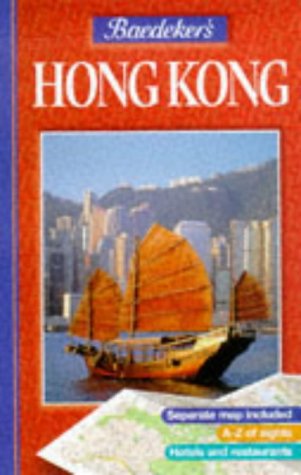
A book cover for Baedeker's Hong Kong; Baedeker Guides; Travel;